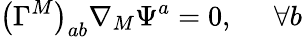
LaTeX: \left(\Gamma^{M}\right)_{ab}\nabla_{M}\Psi^{a}=0,\; \; \; \; \; \forall b